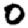
Digit: 0